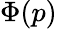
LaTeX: \Phi(p)